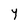
Character: y